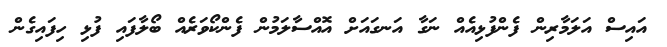
އައިސް އަލަމާރިން ފެންފުޅިއެއް ނަގާ އަނގައަށް އޮއްސާލަމުން ފެންކޯވަރެއް ބޯލާފައި ފުޅި ހިފައިގެން